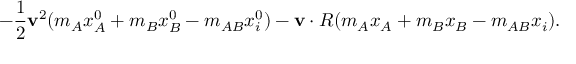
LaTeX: - \frac { 1 } { 2 } { \bf v } ^ { 2 } ( m _ { A } x _ { A } ^ { 0 } + m _ { B } x _ { B } ^ { 0 } - m _ { A B } x _ { i } ^ { 0 } ) - { \bf v } \cdot R ( m _ { A } x _ { A } + m _ { B } x _ { B } - m _ { A B } x _ { i } ) .